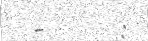
-      :